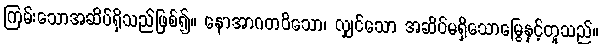
ကြမ်းသောအဆိပ်ရှိသည်ဖြစ်၍။ နောအာဂတဝိသော၊ လျှင်သော အဆိပ်မရှိသောမြွေနှင့်တူသည်။